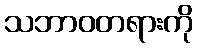
သဘာဝတရားကို